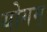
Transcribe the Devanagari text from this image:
योगम्